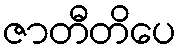
ဇာတီတိပေ